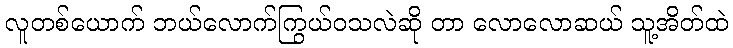
လူတစ်ယောက် ဘယ်လောက်ကြွယ်ဝသလဲဆို တာ လောလောဆယ် သူ့အိတ်ထဲ